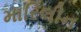
મારિલીન